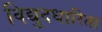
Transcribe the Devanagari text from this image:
विद्युदधारिता